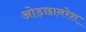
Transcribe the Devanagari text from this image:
ओड़छानरेश